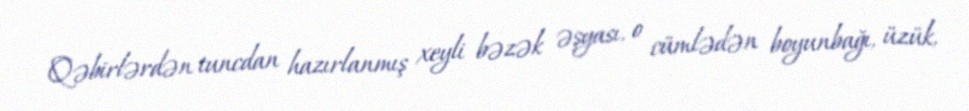
Qəbirlərdən tuncdan hazırlanmış xeyli bəzək əşyası, o cümlədən boyunbağı, üzük,